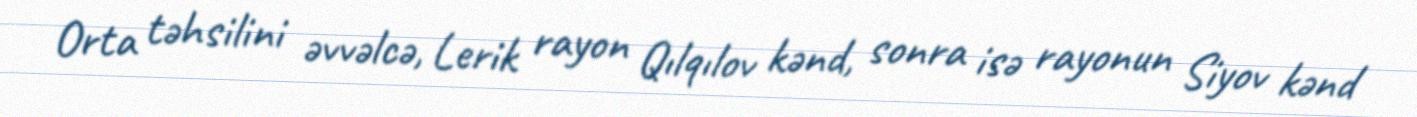
Orta təhsilini əvvəlcə, Lerik rayon Qılqılov kənd, sonra isə rayonun Siyov kənd